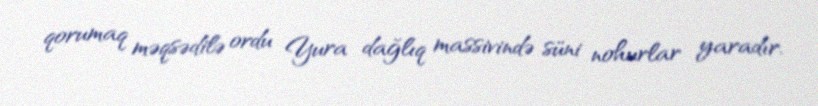
qorumaq məqsədilə ordu Yura dağlıq massivində süni nohurlar yaradır.